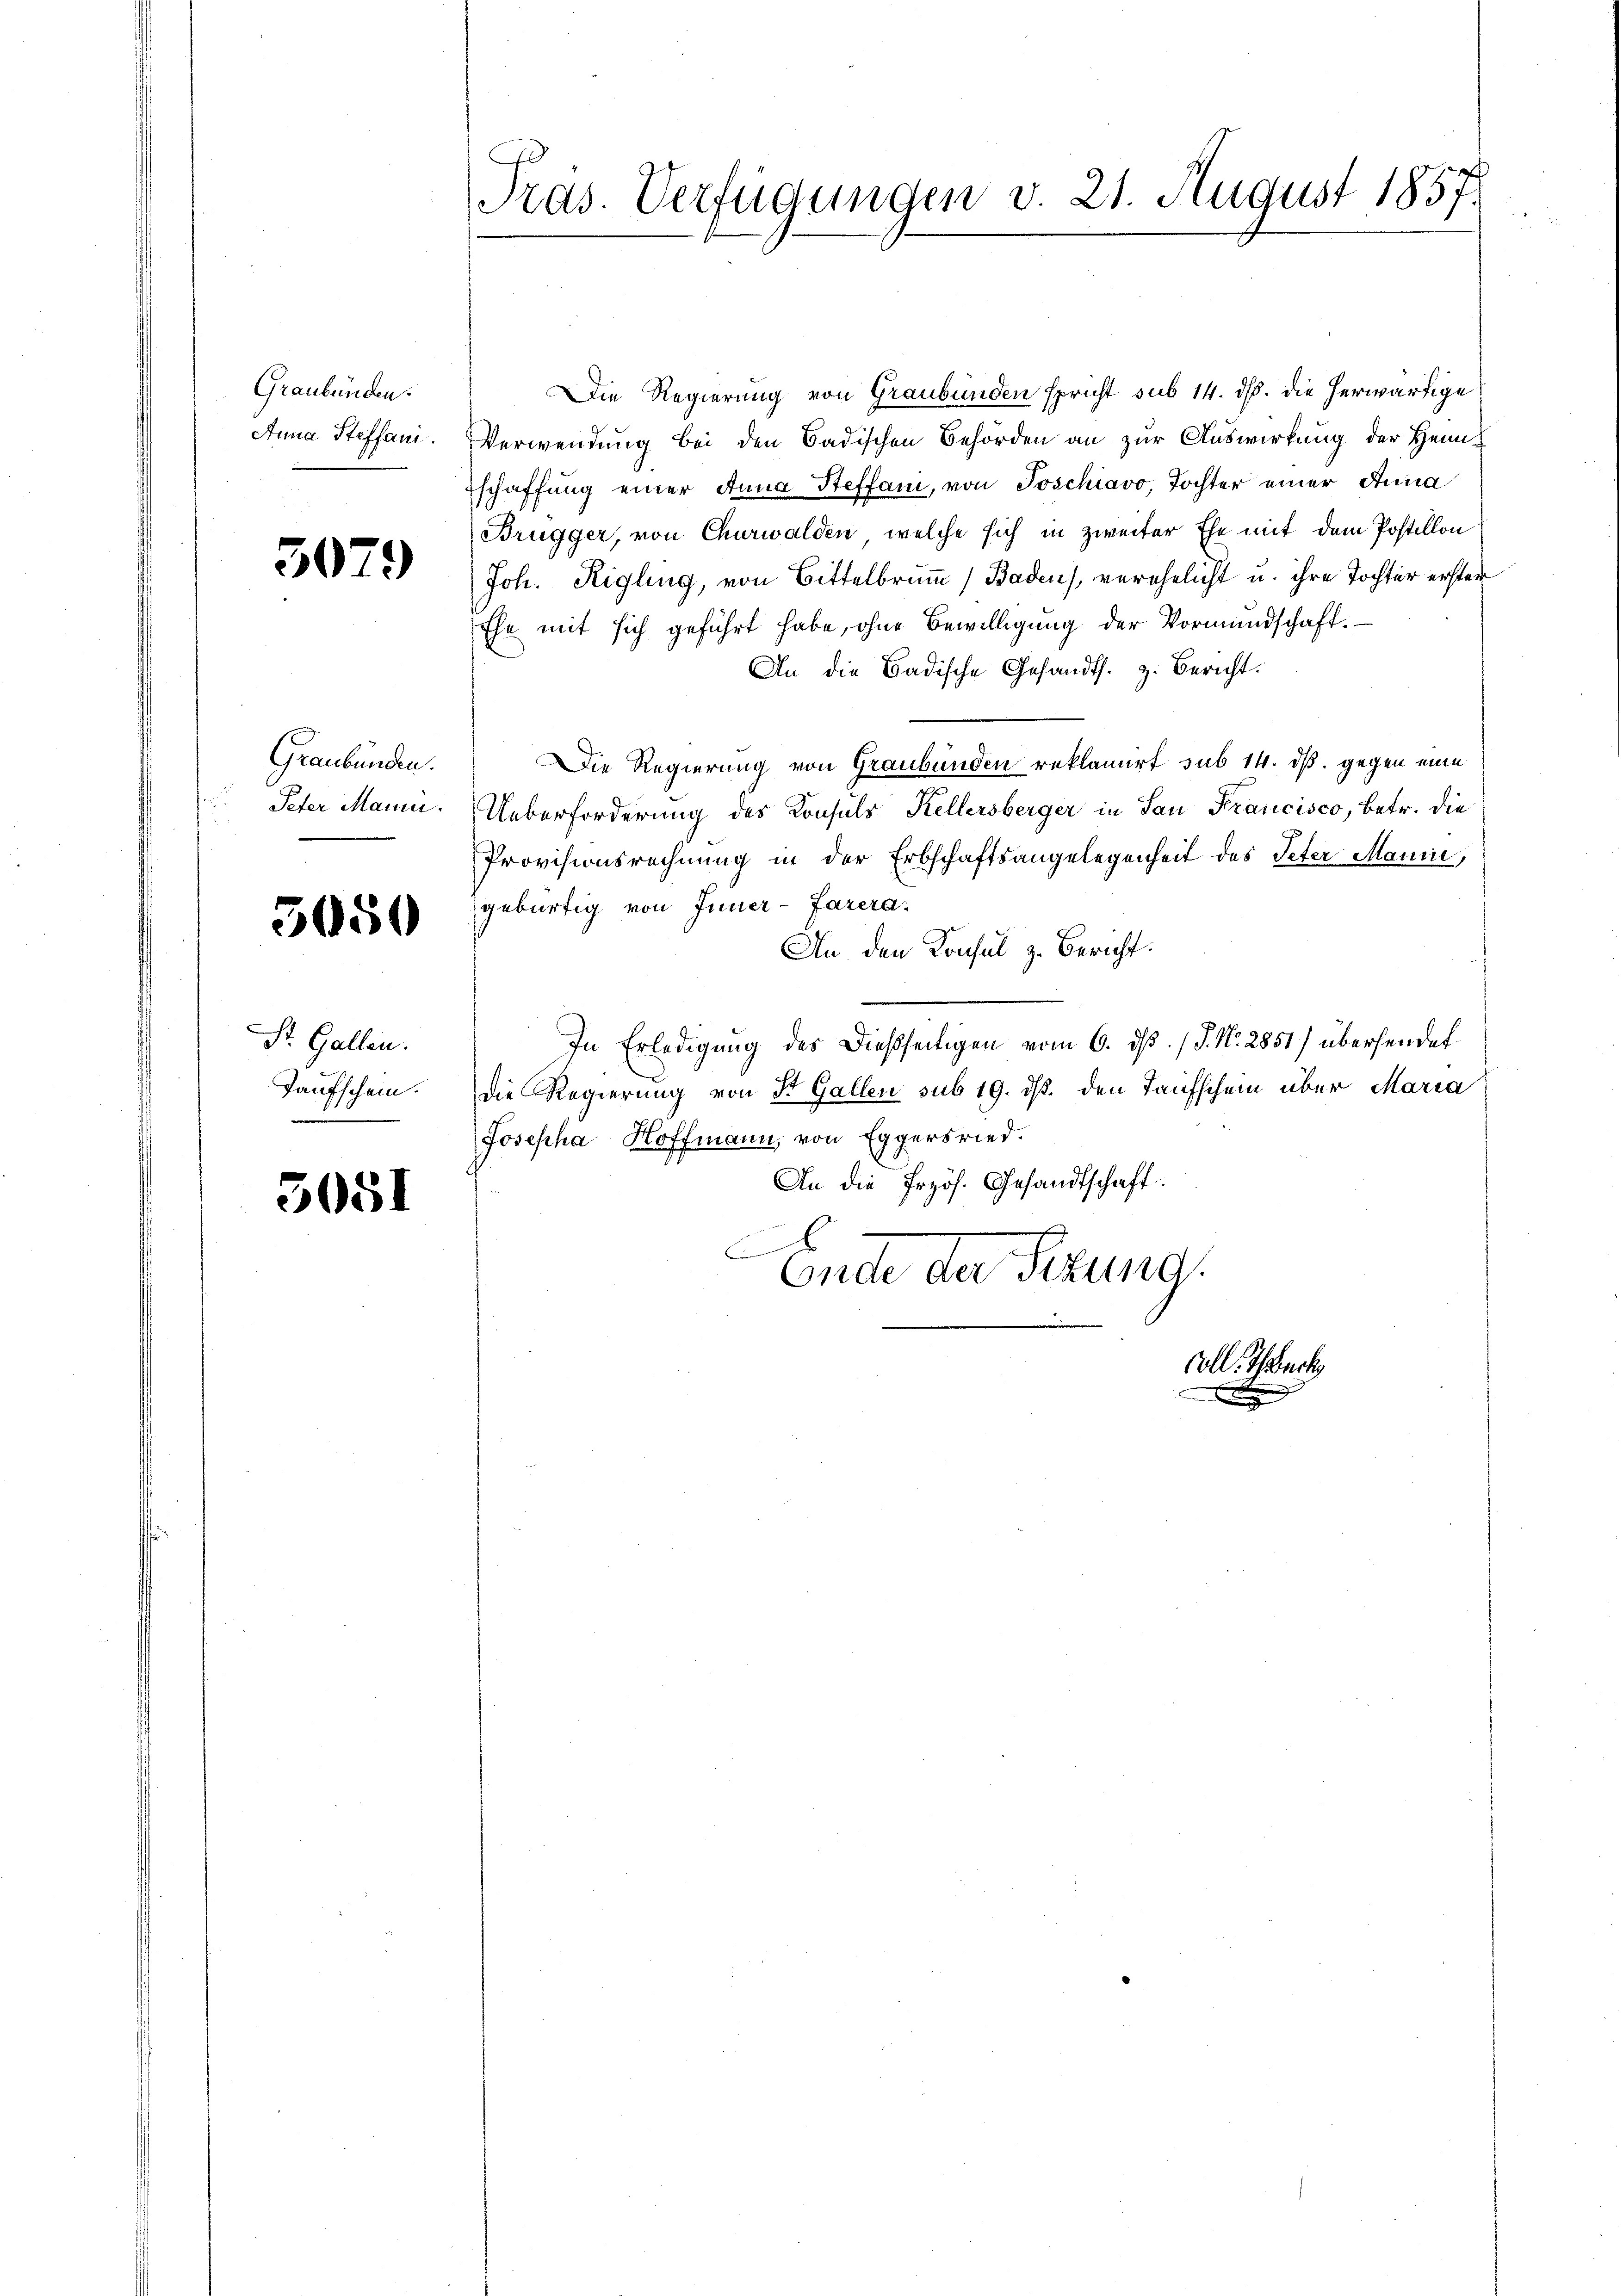
Graubünden.
Anna Steffani.

3079

Graubünden.
Peter Manni.

5050

St. Gallen.
Taufschein.

5051

Pras. Verfügungen v. 21. August 1857.

Die Regierung von Graubünden spricht sub 14. dß. die herwärtige
Verwendung bei den Badischen Behörden an zur Auswirkung der Heimschaffung einer Anna Steffani, von Joschiavo, Tochter einer Anna
Brugger, von Churwalden, welche sich in zweiter Ehe mit dem Postillon
Joh. Rigling, von Bittelbrunn / Baden), verehelicht u. ihre Tochter erster
Ehe mit sich geführt habe, ohne Bewilligung der Vormundschaft.
An die Badische Gesandts. z. Bericht.
Die Regierung von Graubünden reklamiert sub 14. dß. gegen eine
Ueberforderung des Konsuls Kellersberger in San Francisco, betr. die
Provisionsrechnung in der Erbschaftsangelegenheit des Peter Mann,
gebürtig von Inner-Farera.
An den Konsul z. Bericht.
In Erledigung des Dießseitigen vom 6. ds. / J. N. 2851) übersendet
Die Regierung von Dr. Gallen sub 19. ds. den Taufschein über Maria
Josepha Hoffmann, von Eggersried.
An die frzös. Gesandtschaft:
f
.
Ende der Sitzung.

Coll. Schuck